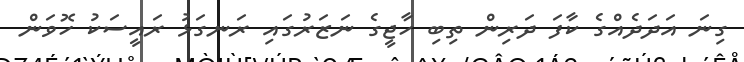
ގިނަ އަދަދެއްގެ ކާފަ ދަރިން ތިބި ހާޖީގެ ނަޒަރުގައި ރަނގަޅު ރައީސަކު ހޮވަން